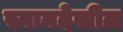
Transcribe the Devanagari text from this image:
स्नानदेखील